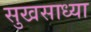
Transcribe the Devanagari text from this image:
सुखसाध्या